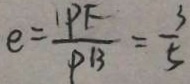
e = \frac { P F } { P B } = \frac { 3 } { 5 }